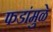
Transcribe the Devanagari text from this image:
फडांमुळे